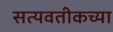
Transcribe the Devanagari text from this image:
सत्यवतीकच्या